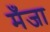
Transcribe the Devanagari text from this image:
मँजा